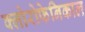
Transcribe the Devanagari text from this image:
क्लोरोफेनिकाल